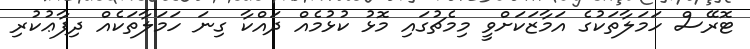
ޓޮރޭސް ހަމަލާތަކުގެ އަމާޒަކަށްވީ މިމެޗުގައި މޮޅު ކުޅުމެއް ދައްކާ ގިނަ ހަމަލާތަކެއް ދިފާޢުކުރި